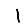
Digit: 1